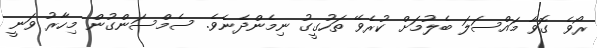
ރޯވެ ގޮވާ މައްސަލަ ބެލުމަށް ކުރެވޭ ތަހުގީގު ނިމެންދެނެވެެ. ސެމްސަންގުން މިހާރު ވަނީ